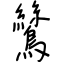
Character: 鷥